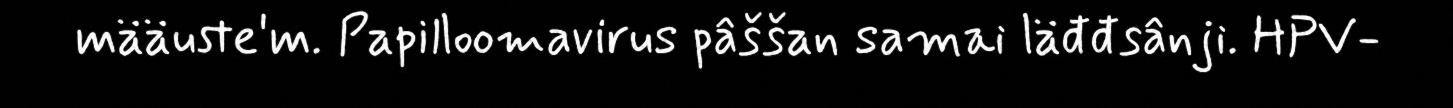
määuste'm. Papilloomavirus pâššan samai läđđsânji. HPV-